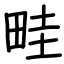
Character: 畦